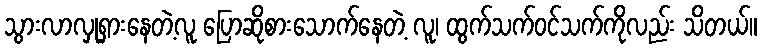
သွားလာလှုရှားနေတဲ့လူ ပြောဆိုစားသောက်နေတဲ့ လူ၊ ထွက်သက်ဝင်သက်ကိုလည်း သိတယ်။